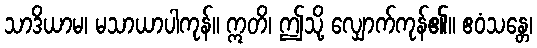
သာဒိယာမ၊ မသာယာပါကုန်။ ဣတိ၊ ဤသို့ လျှောက်ကုန်၏။ ဧဝံသန္တေ၊